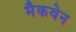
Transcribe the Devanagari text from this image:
मैकवेन